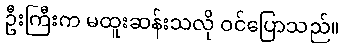
ဦးကြီးက မထူးဆန်းသလို ဝင်ပြောသည်။